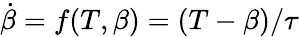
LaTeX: \dot{\beta}=f(T,\beta)=(T-\beta)/\tau